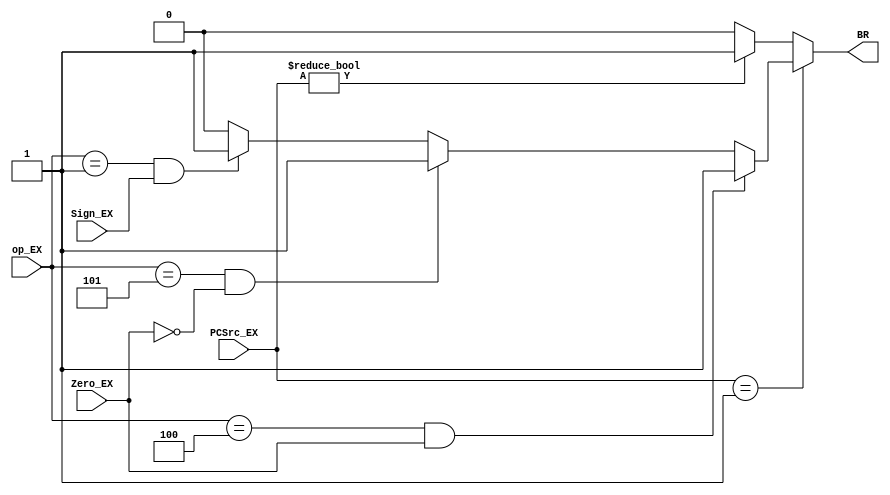
`timescale 1ns / 1ps
//////////////////////////////////////////////////////////////////////////////////
// Company: 
// Engineer: 
// 
// Design Name: 
// Module Name: br_control
// Project Name: 
// Target Devices: 
// Tool Versions: 
// Description: 
// 
// Dependencies: 
// 
// Revision:
// Revision 0.01 - File Created
// Additional Comments:
// 
//////////////////////////////////////////////////////////////////////////////////


module br_control(
    input [5:0] op_EX,
    input [1:0] PCSrc_EX,
    input Sign_EX,
    input Zero_EX,
    output reg BR
    );
    
    parameter BEQ = 6'b000100;
    parameter BNE = 6'b000101;
    parameter BLTZ = 6'b000001;    
    
    
    always@(*) begin
        if(PCSrc_EX == 2'b01) begin
           BR = (op_EX==BEQ&&Zero_EX==1)?1'b1:(op_EX==BNE&&Zero_EX==0)?1'b1:(op_EX==BLTZ&&Sign_EX==1)?1'b1:1'b0;
        end
        else if(PCSrc_EX != 2'b00) begin
            BR = 1'b1;
        end
        else begin
            BR = 1'b0;
        end
    end
endmodule